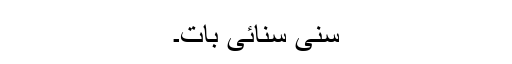
سنی سنائی بات۔